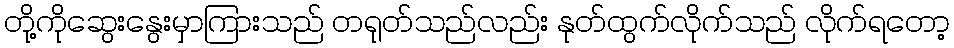
တို့ကိုဆွေးနွေးမှာကြားသည် တရုတ်သည်လည်း နုတ်ထွက်လိုက်သည် လိုက်ရတော့